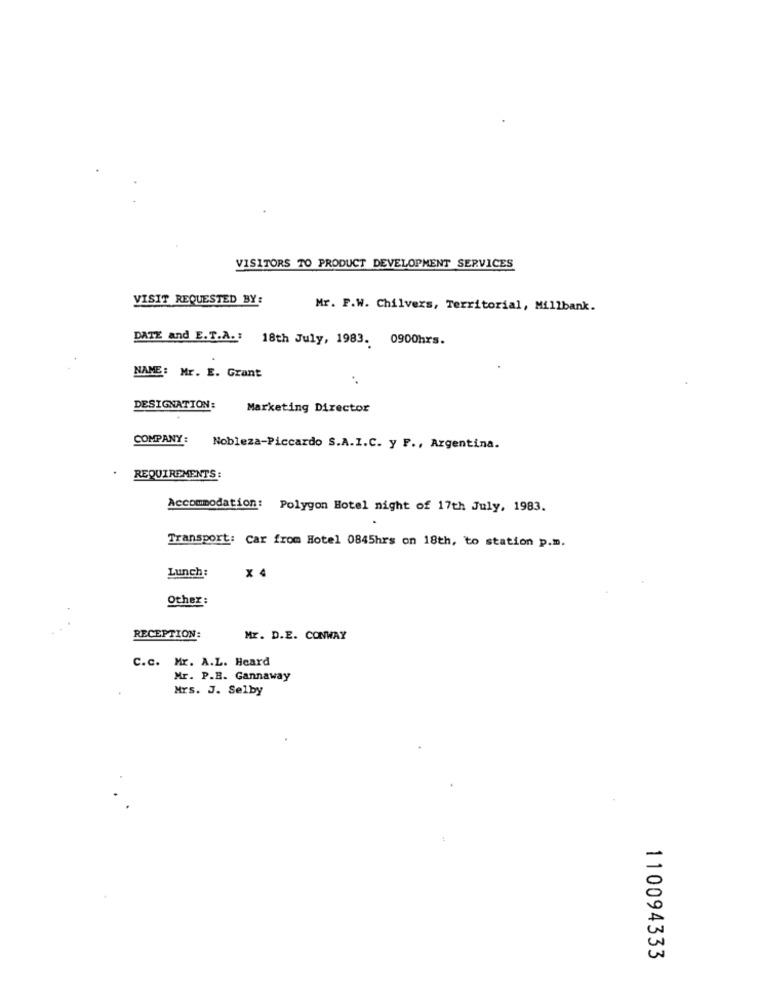
VISITORS TO PRODUCT DEVELOPMENT SERVICES
VISIT REQUESTED BY:
Mr. F.W. Chilvers, Territorial, Millbank.
DATE and E.T.A .: 18th July, 1983. 0900hrs.
NAME: Mr. E. Grant
DESIGNATION:
Marketing Director
COMPANY:
Nobleza-Piccardo S.A.I.C. y F ., Argentina.
REQUIREMENTS:
Accommodation: Polygon Hotel night of 17th July, 1983.
Transport:
Car from Hotel 0845hrs on 18th, to station p.m.
Lunch:
x 4
Other :
RECEPTION:
Mr. D.E. CONWAY
C.c. Mr. A.L. Heard
Mr. P.B. Gannaway
Mrs. J. Selby
110094333